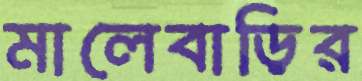
মালেবাড়ির